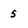
Character: 5